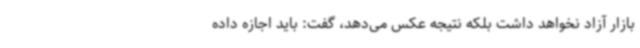
بازار آزاد نخواهد داشت بلکه نتیجه عکس می‌دهد، گفت: باید اجازه داده